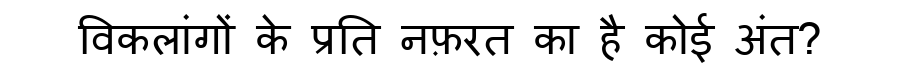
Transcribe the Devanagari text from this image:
विकलांगों के प्रति नफ़रत का है कोई अंत?